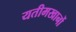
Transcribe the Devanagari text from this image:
यतीमखानों